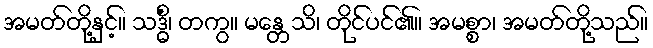
အမတ်တို့နှင့်။ သဒ္ဓိံ၊ တကွ။ မန္တေသိ၊ တိုင်ပင်၏။ အမစ္စာ၊ အမတ်တို့သည်။